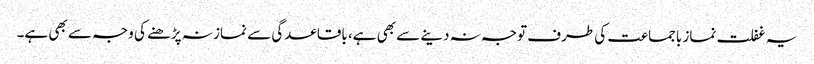
یہ غفلت نماز باجماعت کی طرف توجہ نہ دینے سے بھی ہے، باقاعدگی سے نماز نہ پڑھنے کی وجہ سے بھی ہے۔